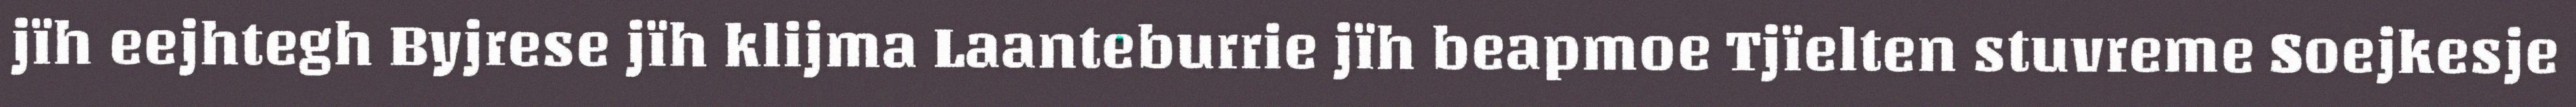
jïh eejhtegh Byjrese jïh klijma Laanteburrie jïh beapmoe Tjïelten stuvreme Soejkesje